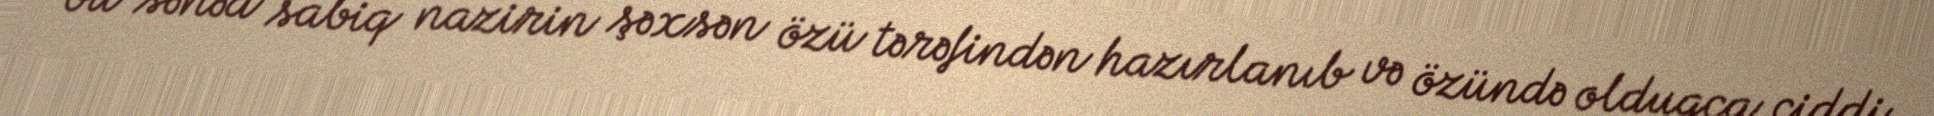
bu sənəd sabiq nazirin şəxsən özü tərəfindən hazırlanıb və özündə olduqca ciddi